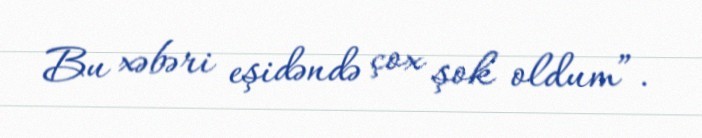
Bu xəbəri eşidəndə çox şok oldum”.